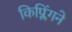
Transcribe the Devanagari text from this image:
किप्लिंगने